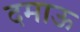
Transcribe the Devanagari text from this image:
दमाऊ